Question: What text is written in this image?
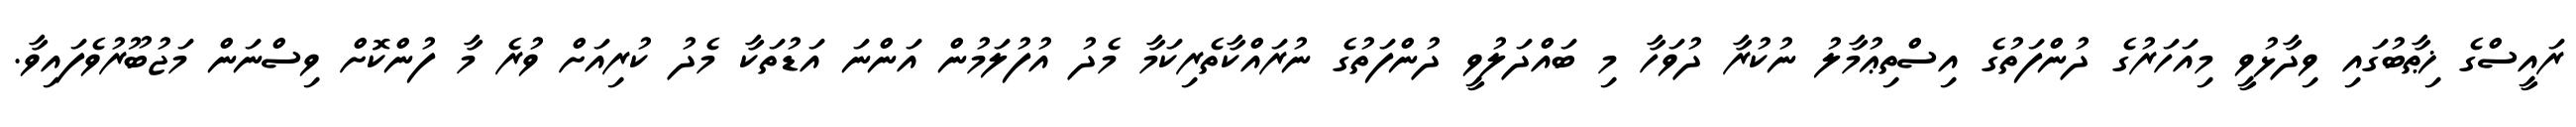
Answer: ރައީސްގެ ޚިޠާބުގައި ވިދާޅުވީ މިއަހަރުގެ ދުންފަތުގެ އިސްތިޢުމާލު ނުކުރާ ދުވަހާ މި ބައްދަލުވީ ދުންފަތުގެ ނުރައްކާތެރިކަމާ މެދު އުފުލަމުން އަންނަ އަޑުތަކާ މެދު ކުރިއަށް ވުރެ މާ ފުންކޮށް ވިސްނަން މަޖުބޫރުވެފައިވާ.